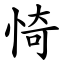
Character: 㥓